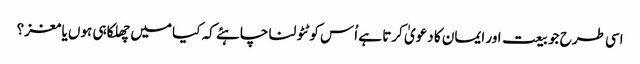
اسی طرح جو بیعت اور ایمان کا دعویٰ کرتا ہے اُس کو ٹٹولنا چاہئے کہ کیا میں چھلکا ہی ہوں یا مغز؟